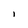
Character: I